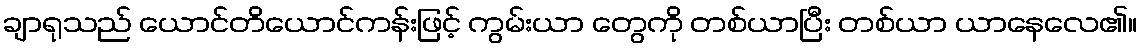
ချာရုသည် ယောင်တိယောင်ကန်းဖြင့် ကွမ်းယာ တွေကို တစ်ယာပြီး တစ်ယာ ယာနေလေ၏။